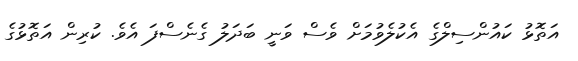
އަތޮޅު ކައުންސިލްގެ އެކުލެވުމަށް ވެސް ވަނީ ބަދަލު ގެނެސްފަ އެވެ. ކުރިން އަތޮޅުގެ